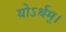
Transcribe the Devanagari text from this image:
योऽर्थम्।